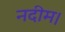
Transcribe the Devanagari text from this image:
नदीम।